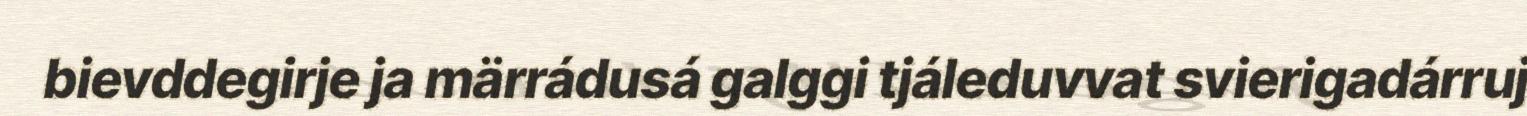
bievddegirje ja märrádusá galggi tjáleduvvat svierigadárruj